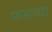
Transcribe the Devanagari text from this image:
फसव्या